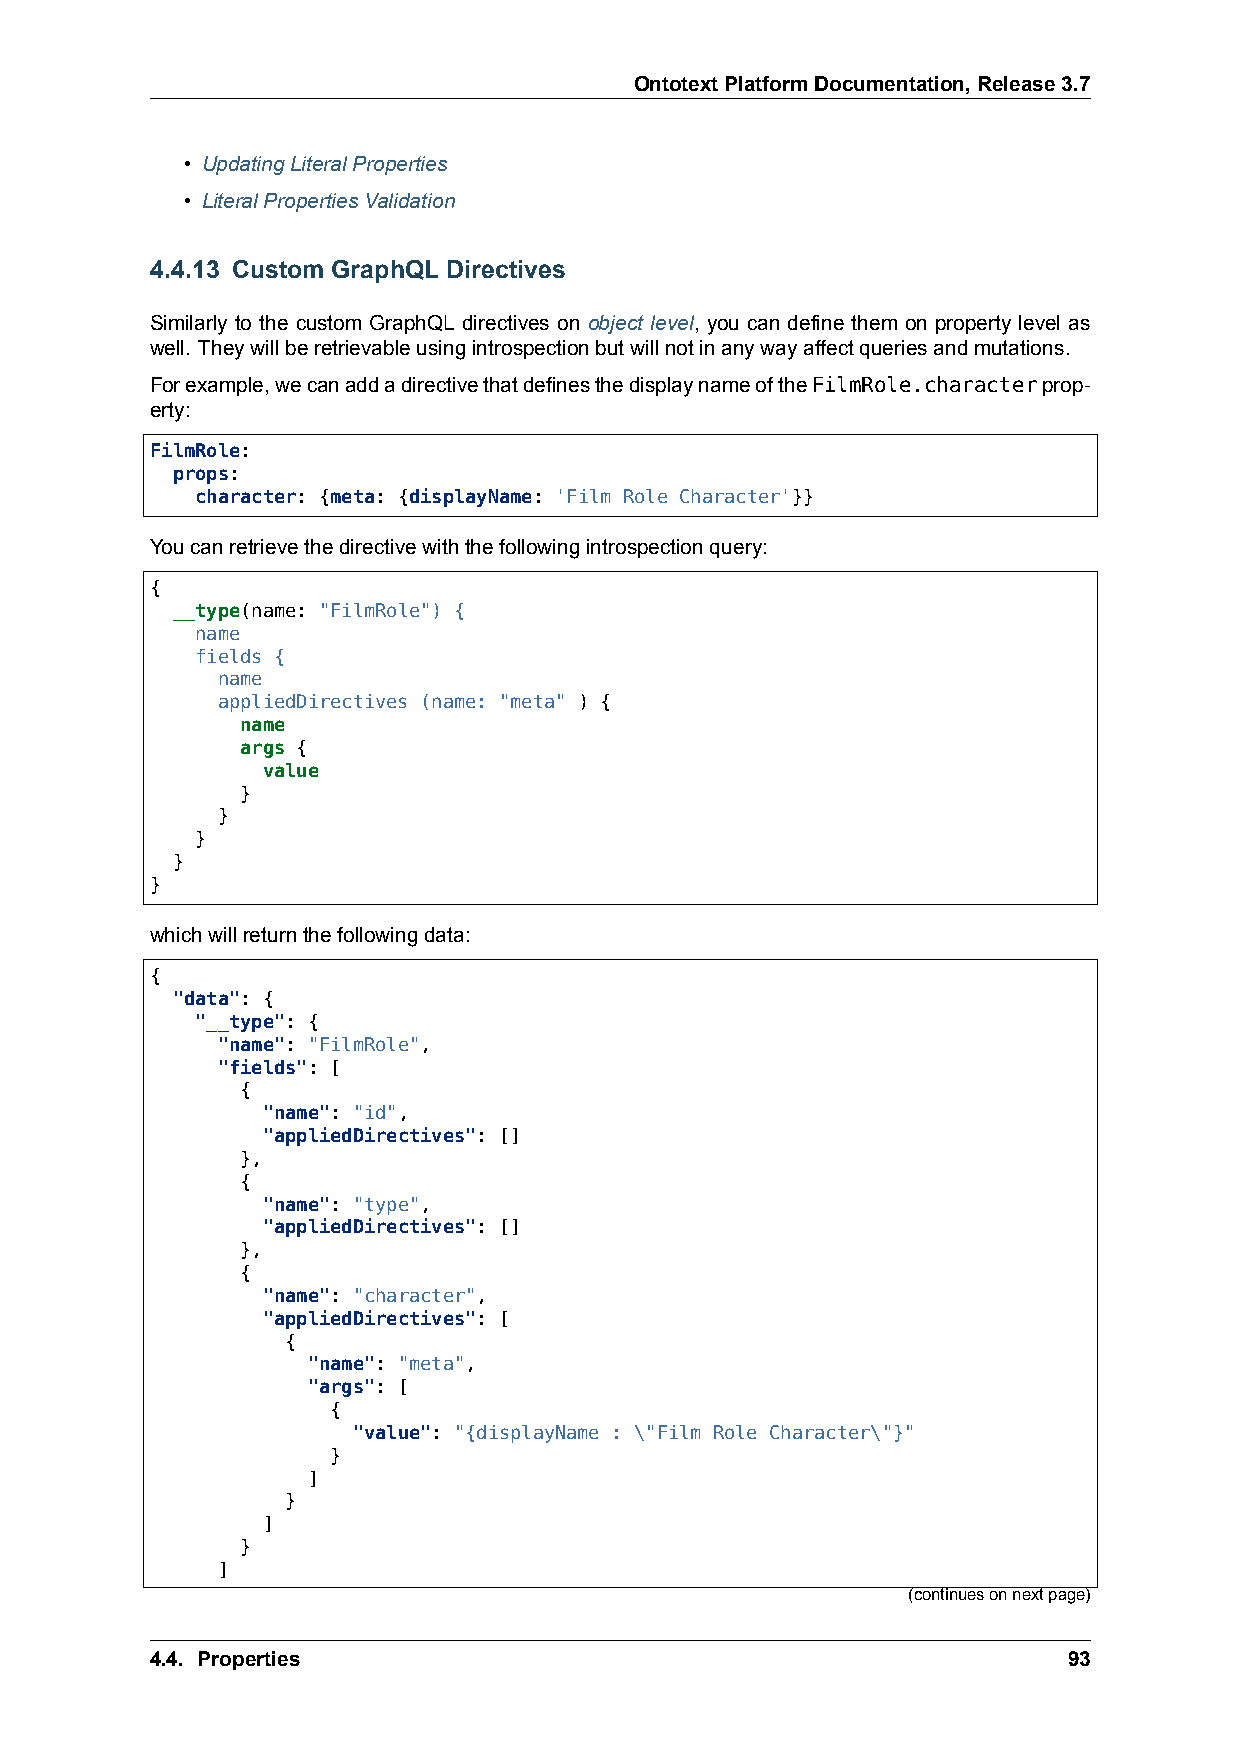
OntotextPlatformDocumentation,Release3.7
 • UpdatingLiteralProperties
 • LiteralPropertiesValidation
 4.4.13 Custom GraphQL Directives
 Similarly to the custom GraphQL directives on object level, you can define them on property level as
 well. Theywillberetrievableusingintrospectionbutwillnotinanywayaffectqueriesandmutations.
 Forexample,wecanaddadirectivethatdefinesthedisplaynameoftheFilmRole.characterprop-
 erty:
 FilmRole:
 props:
 character: {meta: {displayName: 'Film Role Character'}}
 Youcanretrievethedirectivewiththefollowingintrospectionquery:
 {
 __type(name: "FilmRole") {
 name
 fields {
 name
 appliedDirectives (name: "meta" ) {
 name
 args {
 value
 }
 }
 }
 }
 }
 whichwillreturnthefollowingdata:
 {
 "data": {
 "__type": {
 "name": "FilmRole",
 "fields": [
 {
 "name": "id",
 "appliedDirectives": []
 },
 {
 "name": "type",
 "appliedDirectives": []
 },
 {
 "name": "character",
 "appliedDirectives": [
 {
 "name": "meta",
 "args": [
 {
 "value": "{displayName : \"Film Role Character\"}"
 }
 ]
 }
 ]
 }
 ]
 (continuesonnextpage)
 4.4. Properties                                              93